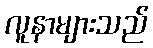
လူနာများသည်